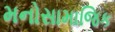
મનોસામાજિક